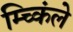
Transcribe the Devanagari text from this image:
म्च्किंले